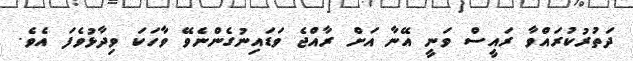
ދަތުރުކުރައްވާ ރައީސް ވަނީ އޭނާ އަށް ރާއްޖެ ވަޑައިނުގެންނެވޭ ވާހަކަ ވިދާޅުވެފަ އެވެ.